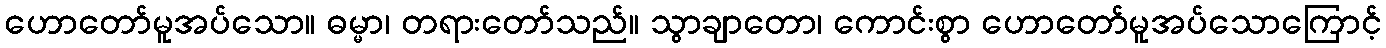
ဟောတော်မူအပ်သော။ ဓမ္မာ၊ တရားတော်သည်။ သွာချာတော၊ ကောင်းစွာ ဟောတော်မူအပ်သောကြောင့်